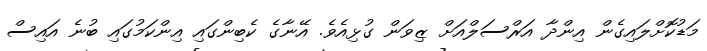
މަޑުކޮށްލައިގެން އިންދާ އަރްސަލްއަށް ޒިވަން ގުޅިއެވެ. އޭނާގެ ކެބިންގައި އިންކަމުގައި ބުނެ އައިސް